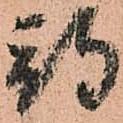
期